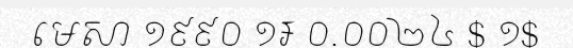
មេសា ១៩៩០ ១៛ ០.០០២៤ $ ១$